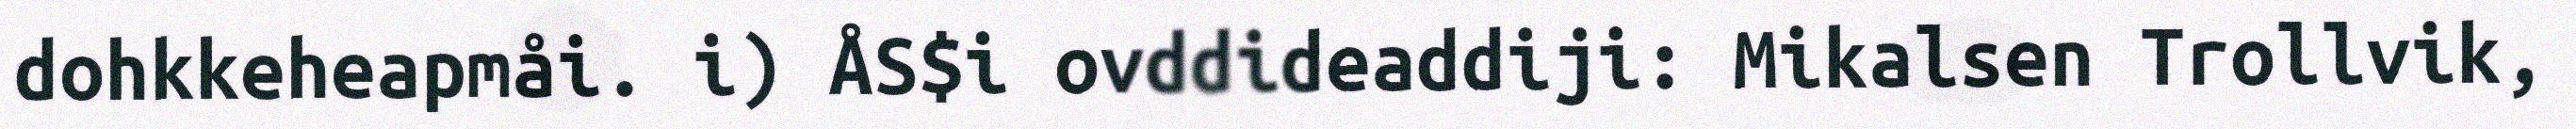
dohkkeheapmåi. i) ÅS$i ovddideaddiji: Mikalsen Trollvik,